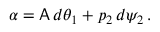
\alpha = \mathsf { A } \, d \theta _ { 1 } + p _ { 2 } \, d \psi _ { 2 } \, .